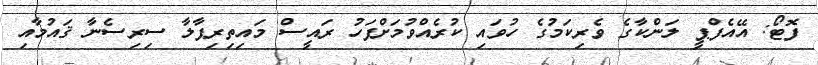
ފޮޓޯ: އޭއެފްޕީ ލަންކާގެ ވެރިކަމުގެ ހުވައި ކުރެއްވުމަށްފަހު ރައީސް މައިތިރިޕާލާ ސިރިސެނާ ޤައުމާއި